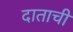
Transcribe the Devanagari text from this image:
दाताची